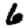
Digit: 6